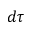
d \tau